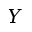
Y